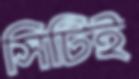
সিটিই